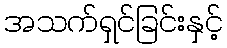
အသက်ရှင်ခြင်းနှင့်